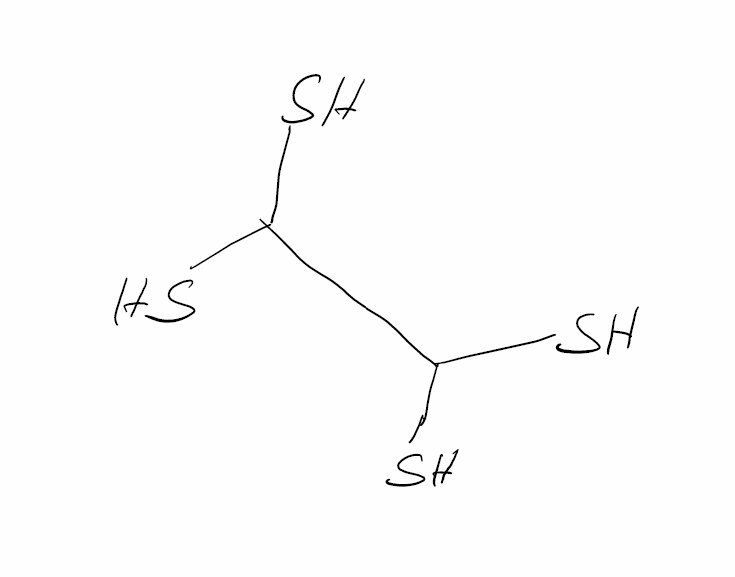
Simplified molecular-input line-entry system (SMILES) notation of the given molecule:
C(C(S)S)(S)S